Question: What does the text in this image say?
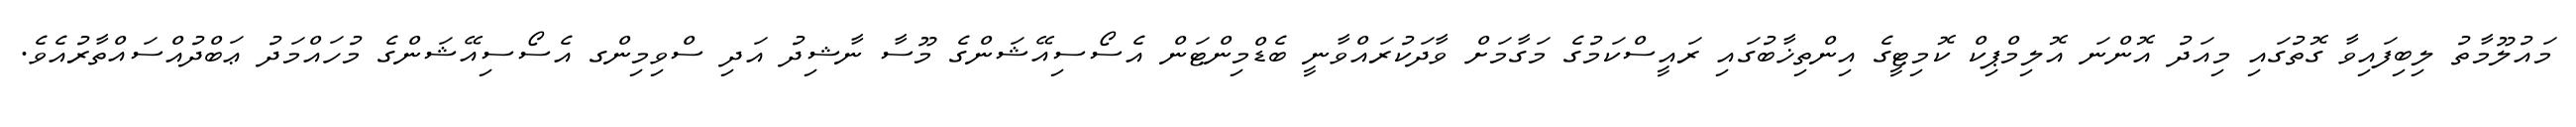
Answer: މައުލޫމާތު ލިބިފައިވާ ގޮތުގައި މިއަދު އޮންނަ އޮލިމްޕިކް ކޮމިޓީގެ އިންތިޚާބުގައި ރައީސްކަމުގެ މަގާމަށް ވާދަކުރައްވާނީ ބެޑްމިންޓަން އެސޯސިއޭޝަންގެ މޫސާ ނާޝިދު އަދި ސްވިމިންގ އެސޯސިއޭޝަންގެ މުހައްމަދު ޢަބްދުއްސައްތާރުއެވެ.